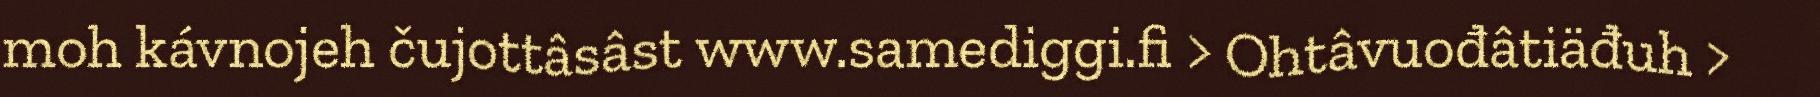
moh kávnojeh čujottâsâst www.samediggi.fi > Ohtâvuođâtiäđuh >